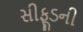
સીફૂડની